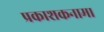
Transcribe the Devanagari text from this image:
प्रकाशकनामा